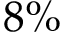
8 \%